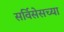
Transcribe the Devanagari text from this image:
सर्विसेसच्या